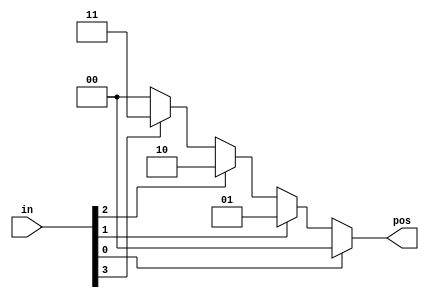
module top_module (
    input [3:0] in,
    output reg [1:0] pos  );

    always@(*) begin
        if (in[0:0] == 1) pos = 2'd00;
        else if (in[1:1] == 1) pos = 2'd01;
        else if (in[2:2] == 1) pos = 2'd10;
        else if (in[3:3] == 1) pos = 2'd11;
        else pos = 2'd00;
    end
    
endmodule